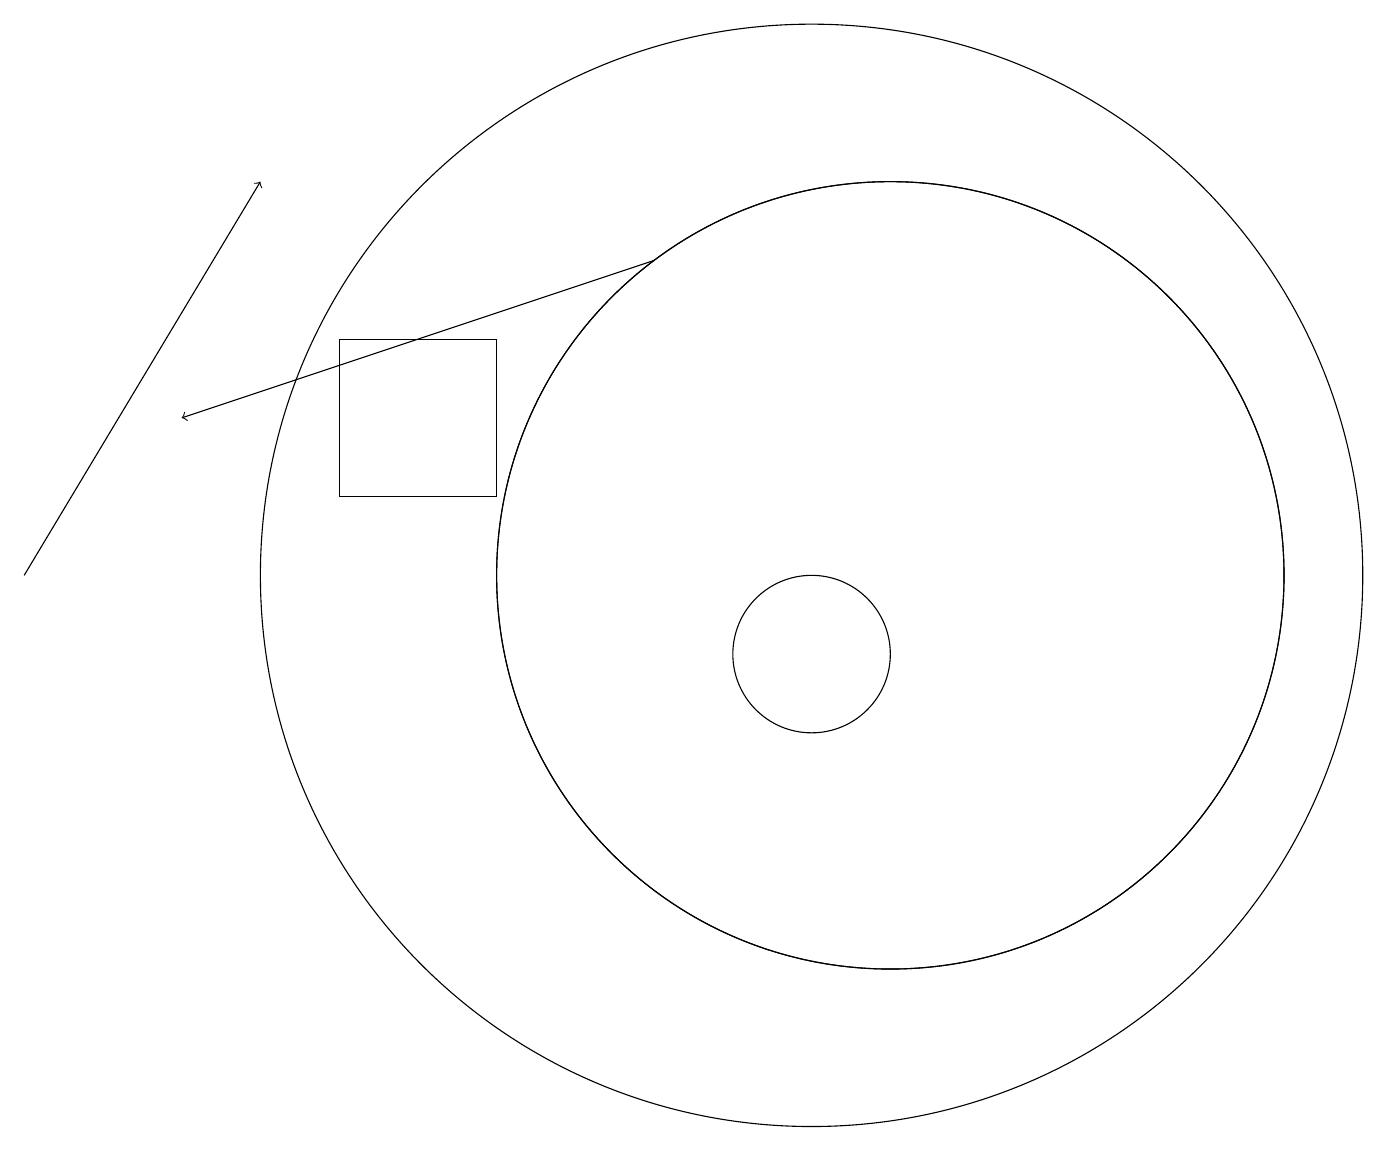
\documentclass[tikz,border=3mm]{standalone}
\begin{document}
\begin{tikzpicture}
\draw[->] (0,11) -- (3,16);
\draw (10,11) circle (7);
\draw (11,11) circle (5);
\draw (10,10) circle (1);
\draw (4,12) rectangle (6,14);
\draw[->] (8,15) -- (2,13);
\draw (11,11) circle (5);
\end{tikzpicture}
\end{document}